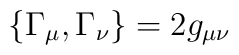
\left\{ \Gamma_{\mu} , \Gamma_{\nu} \right\} = 2 g_{\mu \nu}